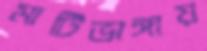
মাটিভাঙ্গায়